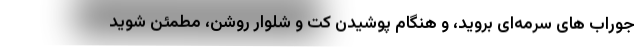
جوراب های سرمه‌ای بروید، و هنگام پوشیدن کت و شلوار روشن، مطمئن شوید